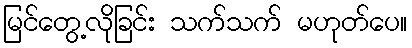
မြင်တွေ့လိုခြင်း သက်သက် မဟုတ်ပေ။